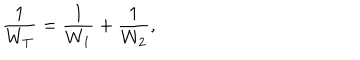
LaTeX: \frac { 1 } { W _ { T } } = \frac { 1 } { W _ { 1 } } + \frac { 1 } { W _ { 2 } } ,